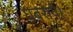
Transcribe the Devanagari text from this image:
घबराये।